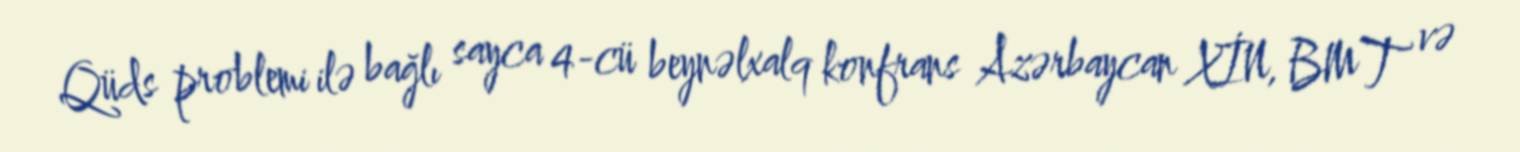
Qüds problemi ilə bağlı sayca 4-cü beynəlxalq konfrans Azərbaycan XİN, BMT və